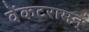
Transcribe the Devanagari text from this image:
वेंकटरामन्